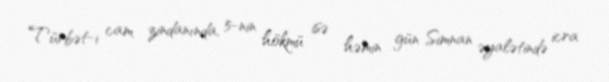
Türbət-i cam zindanında, 5-nin hökmü isə həmin gün Simnan əyalətində icra